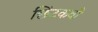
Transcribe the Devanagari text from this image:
छिंटकवाँ